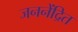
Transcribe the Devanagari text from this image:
जननेंद्रित